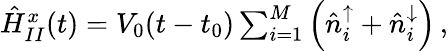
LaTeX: \begin{array}{r}{\hat{H}_{II}^{x}(t)=V_{0}(t-t_{0})\sum_{i=1}^{M}\left(\hat{n}_{i}^{\uparrow}+\hat{n}_{i}^{\downarrow}\right)\, ,}\end{array}